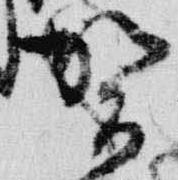
賀